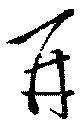
再